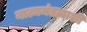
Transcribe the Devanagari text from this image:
नाट्यमंडळाशी